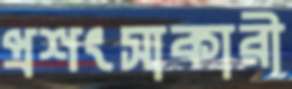
প্রশংসাকারী